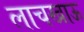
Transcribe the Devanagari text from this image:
लाचखाऊ